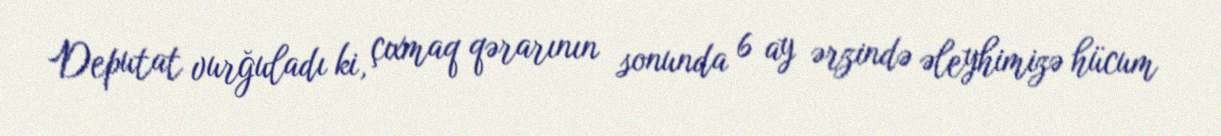
Deputat vurğuladı ki, çıxmaq qərarının sonunda 6 ay ərzində əleyhimizə hücum